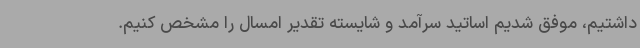
داشتیم، موفق شدیم اساتید سرآمد و شایسته تقدیر امسال را مشخص کنیم.